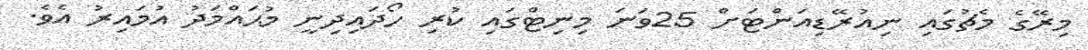
މިރޭގެ މެޗުގައި ނިއުރޭޑިއަންޓަށް 25ވަނަ މިނިޓްގައި ކުރި ހޯދައިދިނީ މުޙައްމަދު އުމައިރު އެވެ.